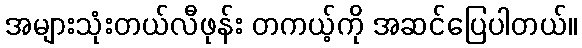
အများသုံးတယ်လီဖုန်း တကယ့်ကို အဆင်ပြေပါတယ်။